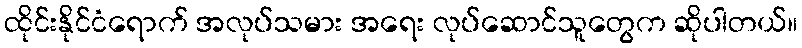
ထိုင်းနိုင်ငံရောက် အလုပ်သမား အရေး လုပ်ဆောင်သူတွေက ဆိုပါတယ်။